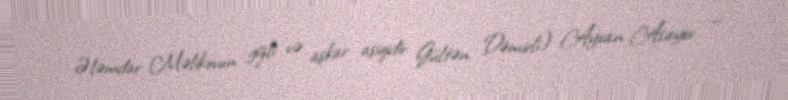
Ələmdar Məlikovun gizli və aşkar aşiqidir Gültən Dəmirli) Ayxan Asayev —